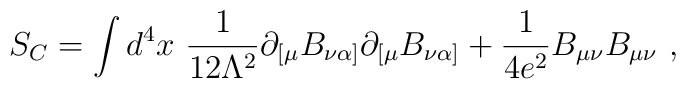
S_C=\int d^4x \ {1\over 12\Lambda ^2} \partial_{[\mu }B_{\nu \alpha]}\partial _{[\mu }B_{\nu \alpha ]} + {1\over 4e^2} B_{\mu \nu }B_{\mu \nu } \ ,